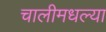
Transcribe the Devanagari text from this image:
चालीमधल्या